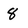
Character: 8